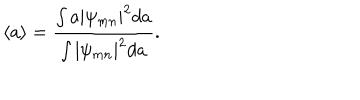
\langle a \rangle = \frac { \int a | \psi _ { m n } | ^ { 2 } d a } { \int | \psi _ { m n } | ^ { 2 } d a } .